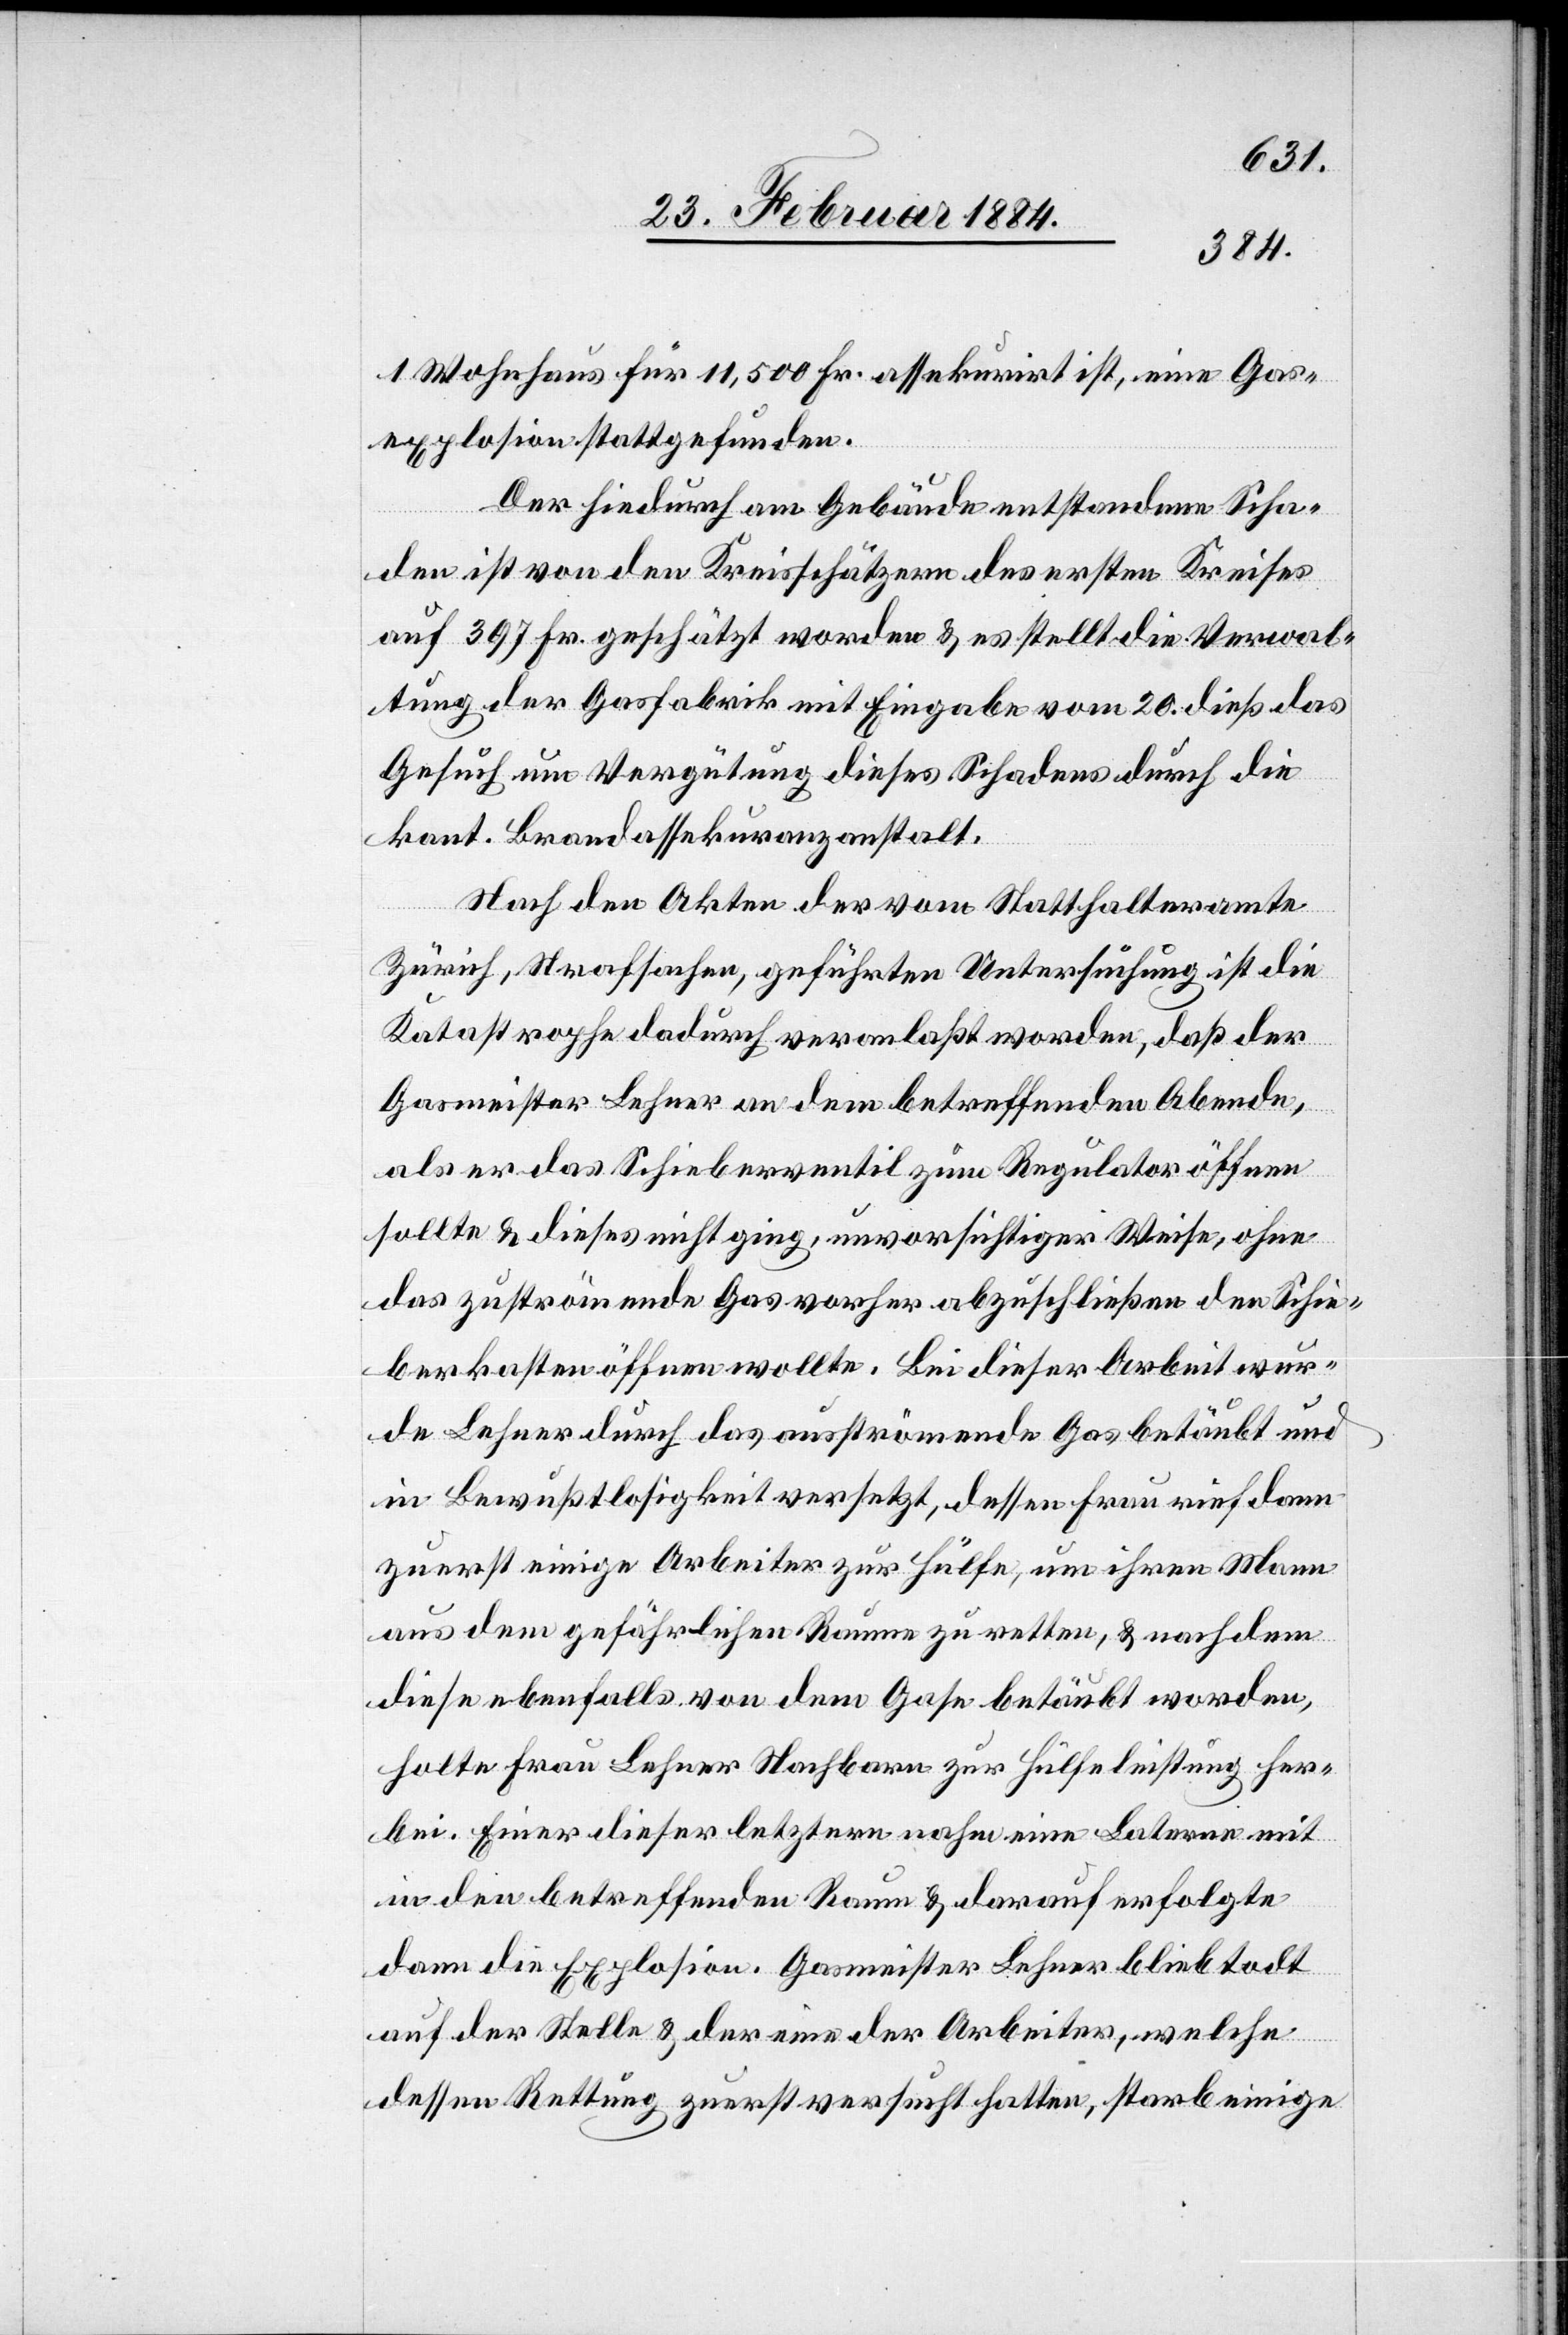
1 Wohnhaus für 11,500 Fr. assekurirt ist, eine Gas¬
explosion stattgefunden.
Der hiedurch am Gebäude entstandene Scha¬
den ist von den Kreisschätzern des ersten Kreises
auf 397 Fr. geschätzt worden & es stellt die Verwal¬
tung der Gasfabrik mit Eingabe vom 20. dieß das
Gesuch um Vergütung dieses Schadens durch die
kant. Brandassekuranzanstalt.
Nach den Akten der vom Statthalteramte
Zürich, Strafsachen, geführten Untersuchung ist die
Katastrophe dadurch veranlaßt worden, daß der
Gasmeister Lehner an dem betreffenden Abend,
als er das Schiebeventil zum Regulator öffnen
sollte & dieses nicht ging, unvorsichtiger Weise, ohne
das zuströmende Gas vorher abzuschließen den Schie¬
berkasten öffnen wollte. Bei dieser Arbeit wur¬
de Lehner durch das ausströmende Gas betäubt und
in Bewußtlosigkeit versetzt, dessen Frau rief dann
zuerst einige Arbeiter zu Hülfe, um ihren Mann
aus dem gefährlichen Raume zu retten, & nachdem
diese ebenfalls von dem Gase betäubt worden,
holte Frau Lehner Nachbarn zur Hülfeleistung her¬
bei. Einer dieser letztern nahm eine Laterne mit
in den betreffenden Raum & darauf erfolgte
dann die Explosion. Gasmeister Lehner blieb todt
auf der Stelle & der eine der Arbeiter, welche
dessen Rettung zuerst versucht hatte, starb einige